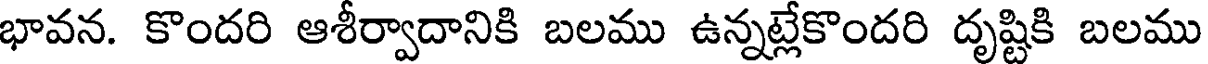
భావన. కొందరి ఆశీర్వాదానికి బలము ఉన్నట్లేకొందరి దృష్టికి బలము